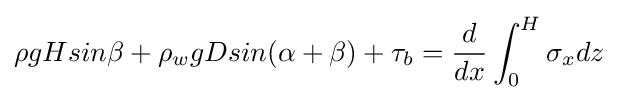
\rho gHsin\beta +\rho _{w}gDsin(\alpha +\beta )+\tau _{b}={\frac {d}{dx}}\int _{0}^{H}\sigma _{x}dz